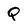
Character: Q